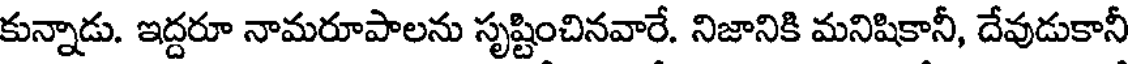
కున్నాడు. ఇద్దరూ నామరూపాలను సృష్టించినవారే. నిజానికి మనిషికానీ, దేవుడుకానీ